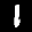
Label: 1